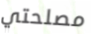
مصلحتي